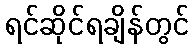
ရင်ဆိုင်ရချိန်တွင်